Papers set at the Examination for Leaving Certificates, 1890
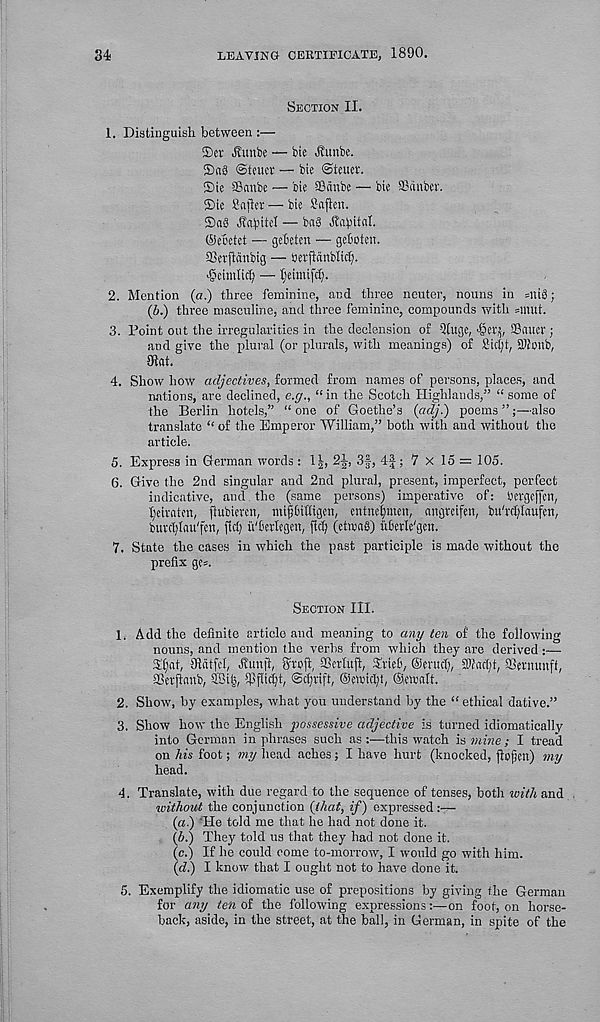
34
LEAVING CERTIFICATE, 1890.
Section II.
1. Distinguish between :—
®er vSIunbe — bic Hunbe.
®n3 @tcucv — bie ©teuer.
®ie SBanbe — bie SBiinbe — bie SBcinber.
®ie Snfiet — bie JJaflen.
©aS Halite! — ba3 Hn^ital.
©ebetct — gehetcn — geboten.
aSefftgnbig — berjlanblic^.
■ §eiiulici) — tieimifdj.
2. Mention (a.) three feminine, and three neuter, nouns in =uicS ;
(b.) three masculine, and three feminine, compounds with smut.
3. Point out the irregularities in the declension of Qtuge, >§m, Sauer;
and give the plural (or plurals, with meanings) of Sic^t, SOioub,
mat.
4. Show how adjectives, formed from names of persons, places, and
nations, are declined, e.g., “ in the Scotch Highlands,” “ some of
the Berlin hotels,” “ one of Goethe’s {adj.) poems ”also
translate “of the Emperor William,” both with and without the
article.
5. Express in German words : 1|, 2^, 3§, 4f ; 7 X lo = 105.
6. Give the 2nd singular and 2nd plural, present, imperfect, perfect
indicative, and the (same persons) imperative of: bcrgcffcn,
fyeirateu, flubiercn, mifjlhtttgcn, entnefimen, angreifen, bu'rdjlaufcn,
burcljlnu'fcn, fid) ii'Ierlegett, fid) (ctmaS) uberle'geu.
7. State the cases in which the past participle is made without the
prefix ge=.
Section III.
1. Add the definite article and meaning to any ten of the following
nouns, and mention the verbs from which they are derived :—■
Sfiat, matfcl, Httujf, ffroft, fficrlujl, Xrieb, ©true!;, 2)lac(;t, aSermmft,
58erflanb, 28i|, Uljltdjt, Shrift, ©orient, ©malt.
2. Show, by examples, what you understand by the “ ethical dative.”
3. Show how the English possessive adjective is turned idiomatically
into German in phrases such as:—this watch is mine; I tread
on his foot; my head aches; I have hurt (knocked, jlofim) my
head.
4. Translate, with due regard to the sequence of tenses, both ivith and
without the conjunction (that, if) expressed:—
(a.) ; He told me that he had not done it.
(h.) They told us that they had not done it.
(c.) If he could come to-morrow, I would go with him.
(di) I know that I ought not to have done it.
5. Exemplify the idiomatic use of prepositions by giving the German
for any ten of the following expressions:—on foot, on horse-
back, aside, in the street, at the ball, in German, in spite of the